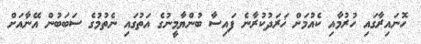
ހޮނައިރާގައި ހުރުމާއި ކެއުމަށް ޚަރަދުކުރާނެ ފައިސާ ބުންޔާމީނުގެ އަތުގައި ނެތުމުގެ ސަބަބުން އޭނާއަށް